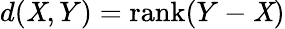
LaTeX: d(\mathit{X},Y)=\mathrm{{rank}}(Y-\mathit{X})